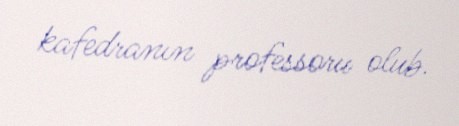
kafedranın professoru olub.